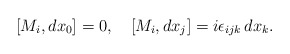
\begin{align*}[M_i, dx_0] =0, \quad [M_i, dx_j] = i\epsilon_{ijk}\, dx_k.\end{align*}